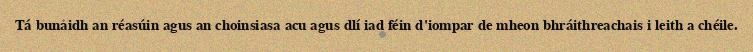
Tá bunaidh an réasúin agus an choinsiasa acu agus dlí iad féin d'iompar de mheon bhráithreachais i leith a chéile.